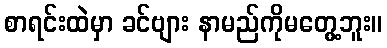
စာရင်းထဲမှာ ခင်ဗျား နာမည်ကိုမတွေ့ဘူး။